Calcutta medical institutions reports 1871-78
Year: 1871
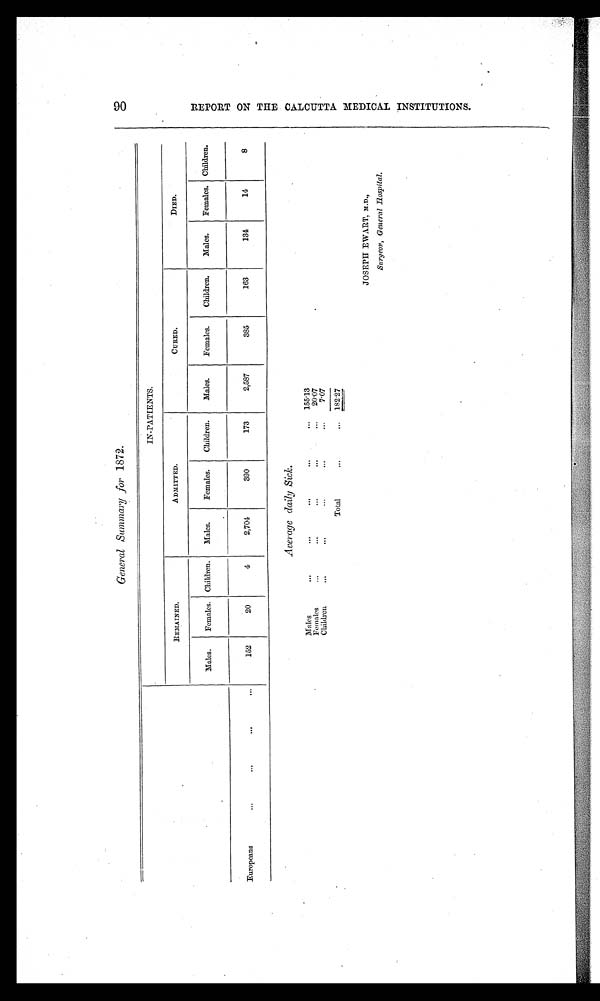
General Summary for 1872.
IN-PATIENTS.
REMAINED.
A DMITTED.
CURED.
DIED.
Males.
Females. Children.
Males.
Females.
Children.
Males.
Females.
Children.
Males.
Females. Children.
Europeans
152
20
4
2,704
390
173
2,587
385
163
134
14
8
Average daily Sick.
M a l e s
155.13
Females
20.07
Children
7.07
Total
182.27
JOSEPH EWART, M.D.,
9 0 R E P O R T O N T H E C A L C U T T A M E D I C A L I N S T I T U T I O N S .